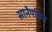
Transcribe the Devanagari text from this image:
सानैपसिड